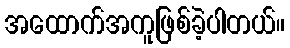
အထောက်အကူဖြစ်ခဲ့ပါတယ်။